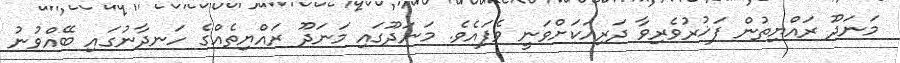
މަނަދޫ ރައްޔިތުން ފަޚުރުވެރިވާ ދަރިއަކަށްވަނީ ވެފައެވެ. މަނަދޫގައި މަނަދޫ ރައްޔިތެއްގެ ހަނދާނުގައި ބޭއްވުނު